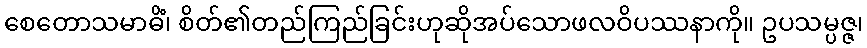
စေတောသမာဓိံ၊ စိတ်၏တည်ကြည်ခြင်းဟုဆိုအပ်သောဖလဝိပဿနာကို။ ဥပသမ္ပဇ္ဇ၊